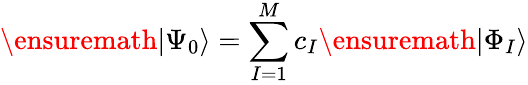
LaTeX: \ensuremath{\vert\Psi_{0}\rangle}=\sum_{I=1}^{M}c_{I}\ensuremath{\vert\Phi_{I}\rangle}